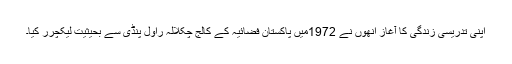
اپنی تدریسی زندگی کا آغاز انھوں نے 1972میں پاکستان فضائیہ کے کالج چکلالہ راول پنڈی سے بحیثیت لیکچرر کیا۔